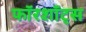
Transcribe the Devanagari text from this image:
फॉरशॉट्स